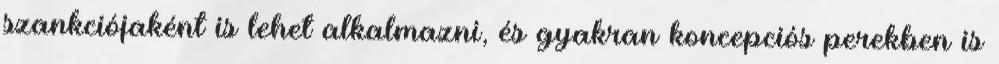
szankciójaként is lehet alkalmazni, és gyakran koncepciós perekben is